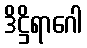
ဒိဋ္ဌိရာဂေါ